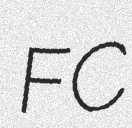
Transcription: FC